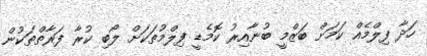
ހަދާ ފިލްމެއް ކަމަށް ބަޒްމީ ބުނާއިރު ކޮމެޑީ ފިލްމުތަކަށް ލޯބި ކުރާ ފަރާތްތަކުން